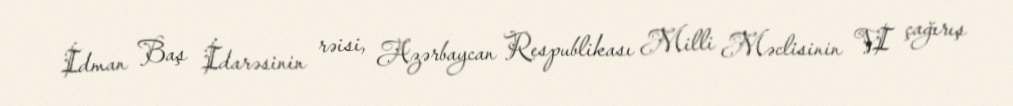
İdman Baş İdarəsinin rəisi, Azərbaycan Respublikası Milli Məclisinin VI çağırış